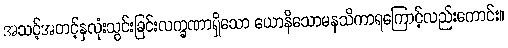
အသင့်အတင့်နှလုံးသွင်းခြင်းလက္ခဏာရှိသော ယောနိသောမနသိကာရကြောင့်လည်းကောင်း။